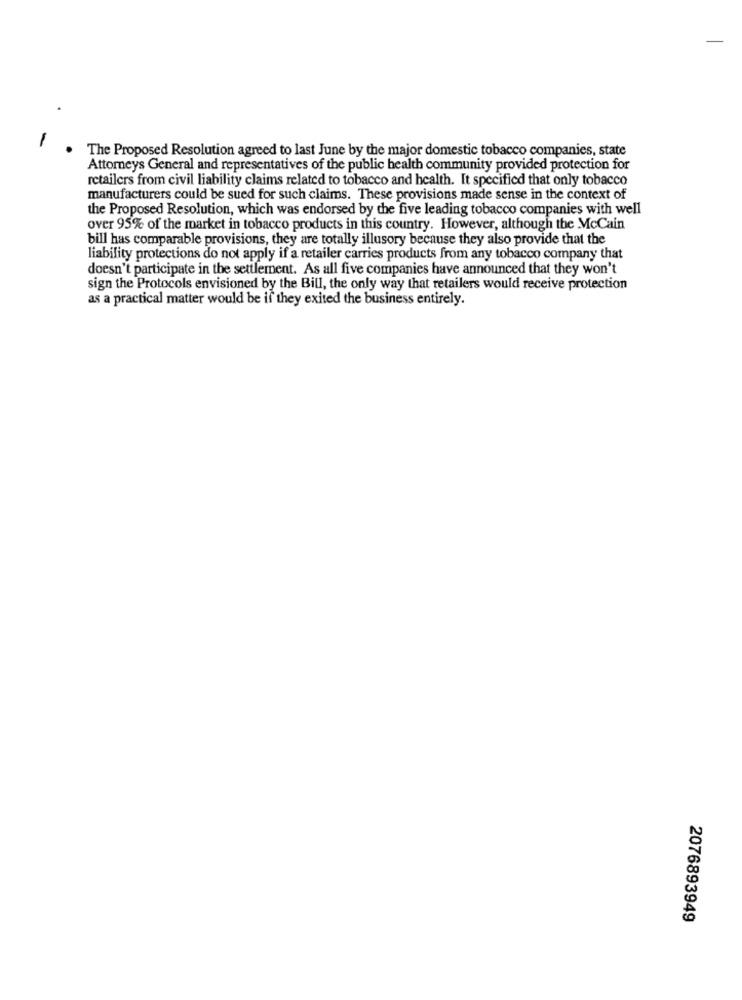
The Proposed Resolution agreed to last June by the major domestic tobacco companies, state
Attorneys General and representatives of the public health community provided protection for
retailers from civil liability claims related to tobacco and health. It specified that only tobacco
manufacturers could be sued for such claims. These provisions made sense in the context of
the Proposed Resolution, which was endorsed by the five leading tobacco companies with well
over 95% of the market in tobacco products in this country. However, although the McCain
bill has comparable provisions, they are totally illusory because they also provide that the
liability protections do not apply if a retailer carries products from any tobacco company that
doesn't participate in the settlement. As all five companies have announced that they won't
sign the Protocols envisioned by the Bill, the only way that retailers would receive protection
as a practical matter would be if they exited the business entirely.
2076893949